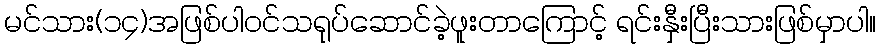
မင်သား(၁၄)အဖြစ်ပါဝင်သရုပ်ဆောင်ခဲ့ဖူးတာကြောင့် ရင်းနှီးပြီးသားဖြစ်မှာပါ။